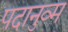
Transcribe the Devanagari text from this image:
पदानुव्म